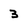
Character: 3